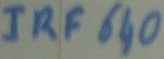
Text: IRF640